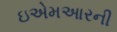
ઇએમઆરની